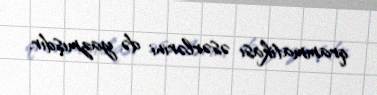
qrammatikası əsərlərini də yazmışdır.